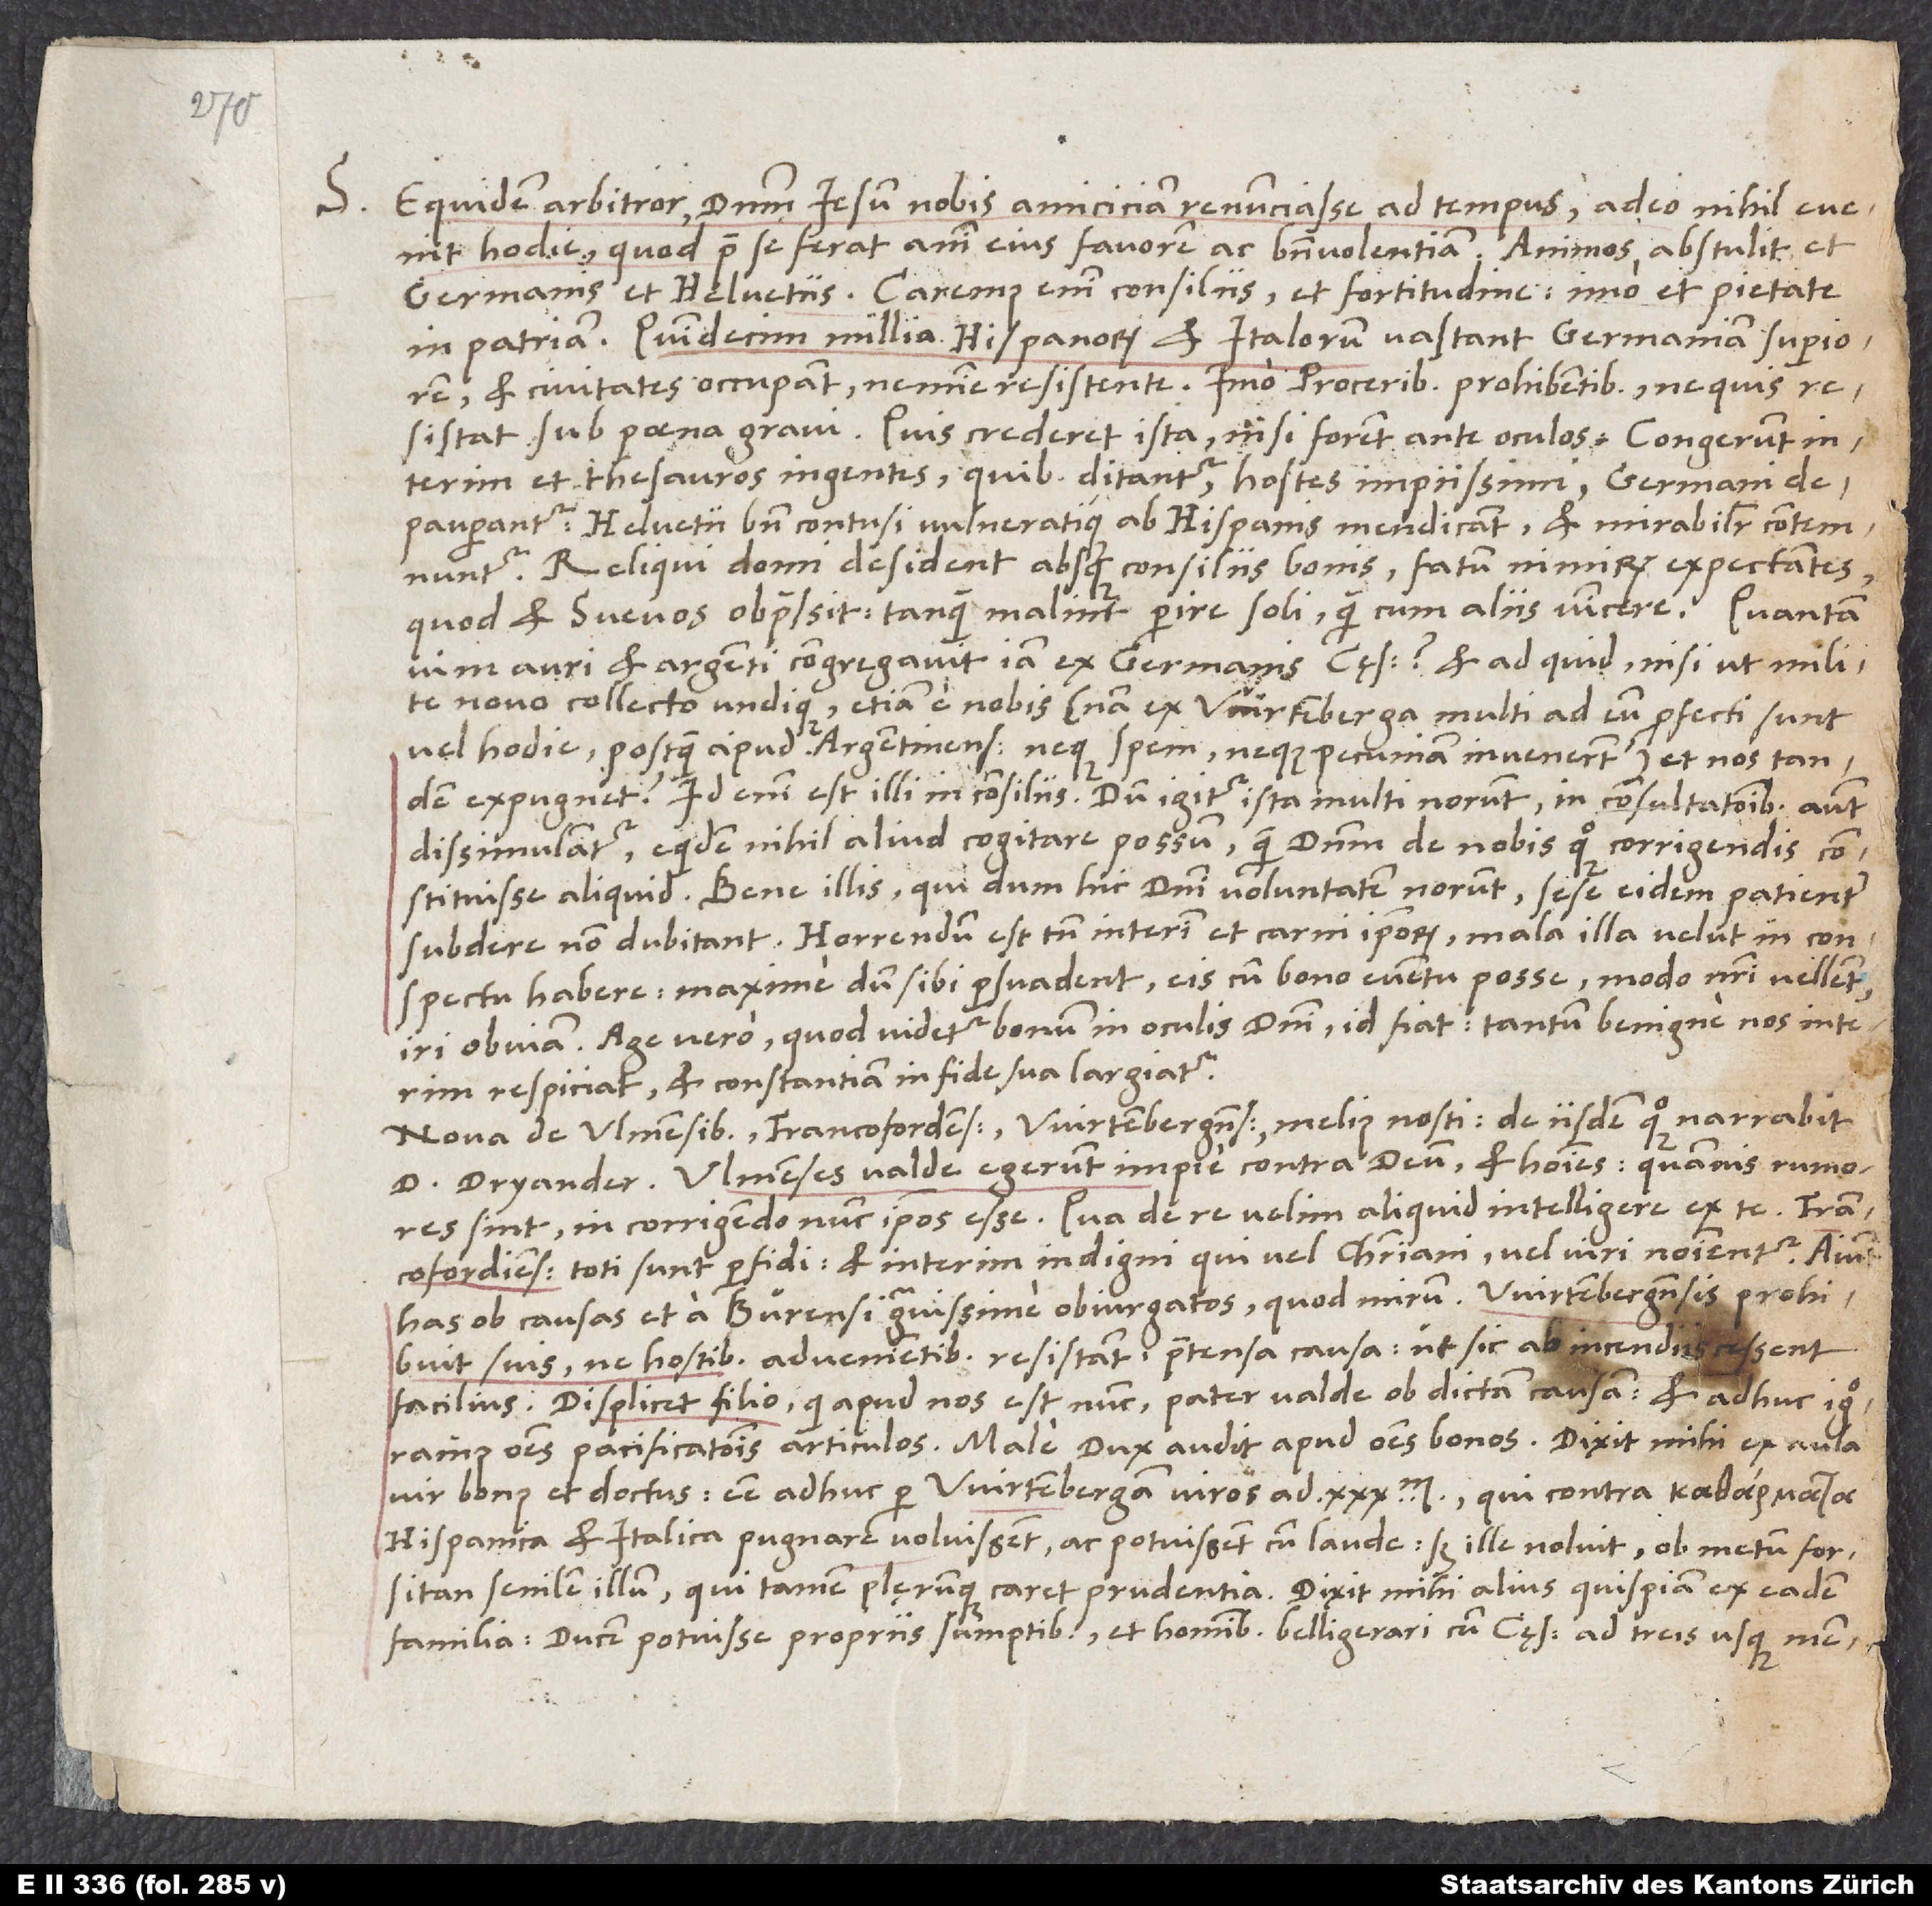
S.

Equidem arbitror dominum Iesum nobis amiciciam renunciasse ad tempus, adeo nihil evenit
hodie, quod prae se ferat animi eius favorem ac benevolentiam! Animos abstulit et
Germanis et Helvetiis. Caremus enim consiliis et fortitudine, imo et pietate
in patriam. Quindecim millia Hispanorum et Italorum vastant Germaniam Superiorem
et civitates occupant nemi ne resistente, imo proceribus prohibentibus, ne quis
resistat sub poena gravi. Quis crederet ista, nisi forent ante oculos?
interim et thesauros ingentes, quibus ditantur hostes impiissimi, Germani
depauperantur. Helvetii bene contusi vulneratique ab Hispanis mendicant et mirabiliter contemnuntur.
Reliqui domi desident absque consiliis bonis, fatum nimirum expectantes,
quod et Svevos obpressit, tanquam malint perire soli quam cum aliis vincere. Quantam
vim auri et argenti congregavit iam ex Germanis cęsar et ad quid, nisi ut milite
novo collecto undique, etiam e nobis (nam ex Wirtemberga multi ad eum profecti sunt
vel hodie, postquam apud Argentinenses neque spem neque pecuniam invenerunt), et nos tandem
dissimulantur, equidem nihil aliud cogitare possum quam dominum de nobis quoque corrigendis
constituisse aliquid. Bene illis, qui, dum hic domini voluntatem norunt, sese eidem patienter
subdere non dubitant! Horrendum est tamen interim et carni ipsorum mala illa velut in conspectu
habere, maxime dum sibi persuadent eis cum bono eventu posse, modo nostri vellent,
iri obviam. Age vero, quod videtur bonum in oculis domini, id fiat, tantum benigne nos interim
respiciat et constantiam in fide sua largiatur.
Nova de Ulmensibus, Francofordensibus, Wirtembergensibus melius nosti. De iisdem quoque narrabit
d. Dryander. Ulmenses valde egerunt impie contra deum et homines, quamvis rumores
sint in corrigendo nunc ipsos esse. Qua de re velim aliquid intelligere ex te. Francofordienses
toti sunt perfidi et interim indigni, qui vel christiani vel viri nominentur. Aiunt
has ob causas et a Bürensi gravissime obiurgatos; quod mirum. Wirtembergensis prohibuit
suis, ne hostibus advenientibus resistant, praetensa causa, ut sic ab incendiis cessent
facilius. Displicet filio(qui apud nos est nunc) pater valde ob dictam causam, et adhuc ignoramus
omnes pacificationis articulos. Male dux audit apud omnes bonos. Dixit mihi ex aula
vir bonus et doctus esse adhuc per Wirtembergam viros ad 30’000, qui contra
Hispanica et Italica pugnare voluissent ac potuissent cum laude, sed ille noluit ob metum forsitan
senilem illum, qui tamen plęrumque caret prudentia. Dixit mihi alius quispiam ex eadem
familia ducem potuisse propriis sumptibus et hominibus belligerari cum cęsare ad treis usque menses,